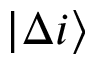
\lvert \Delta i \rangle